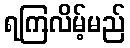
ရကြလိမ့်မည်